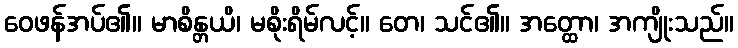
ဝေဖန်အပ်၏။ မာစိန္တယိ၊ မစိုးရိမ်လင့်။ တေ၊ သင်၏။ အတ္ထော၊ အကျိုးသည်။